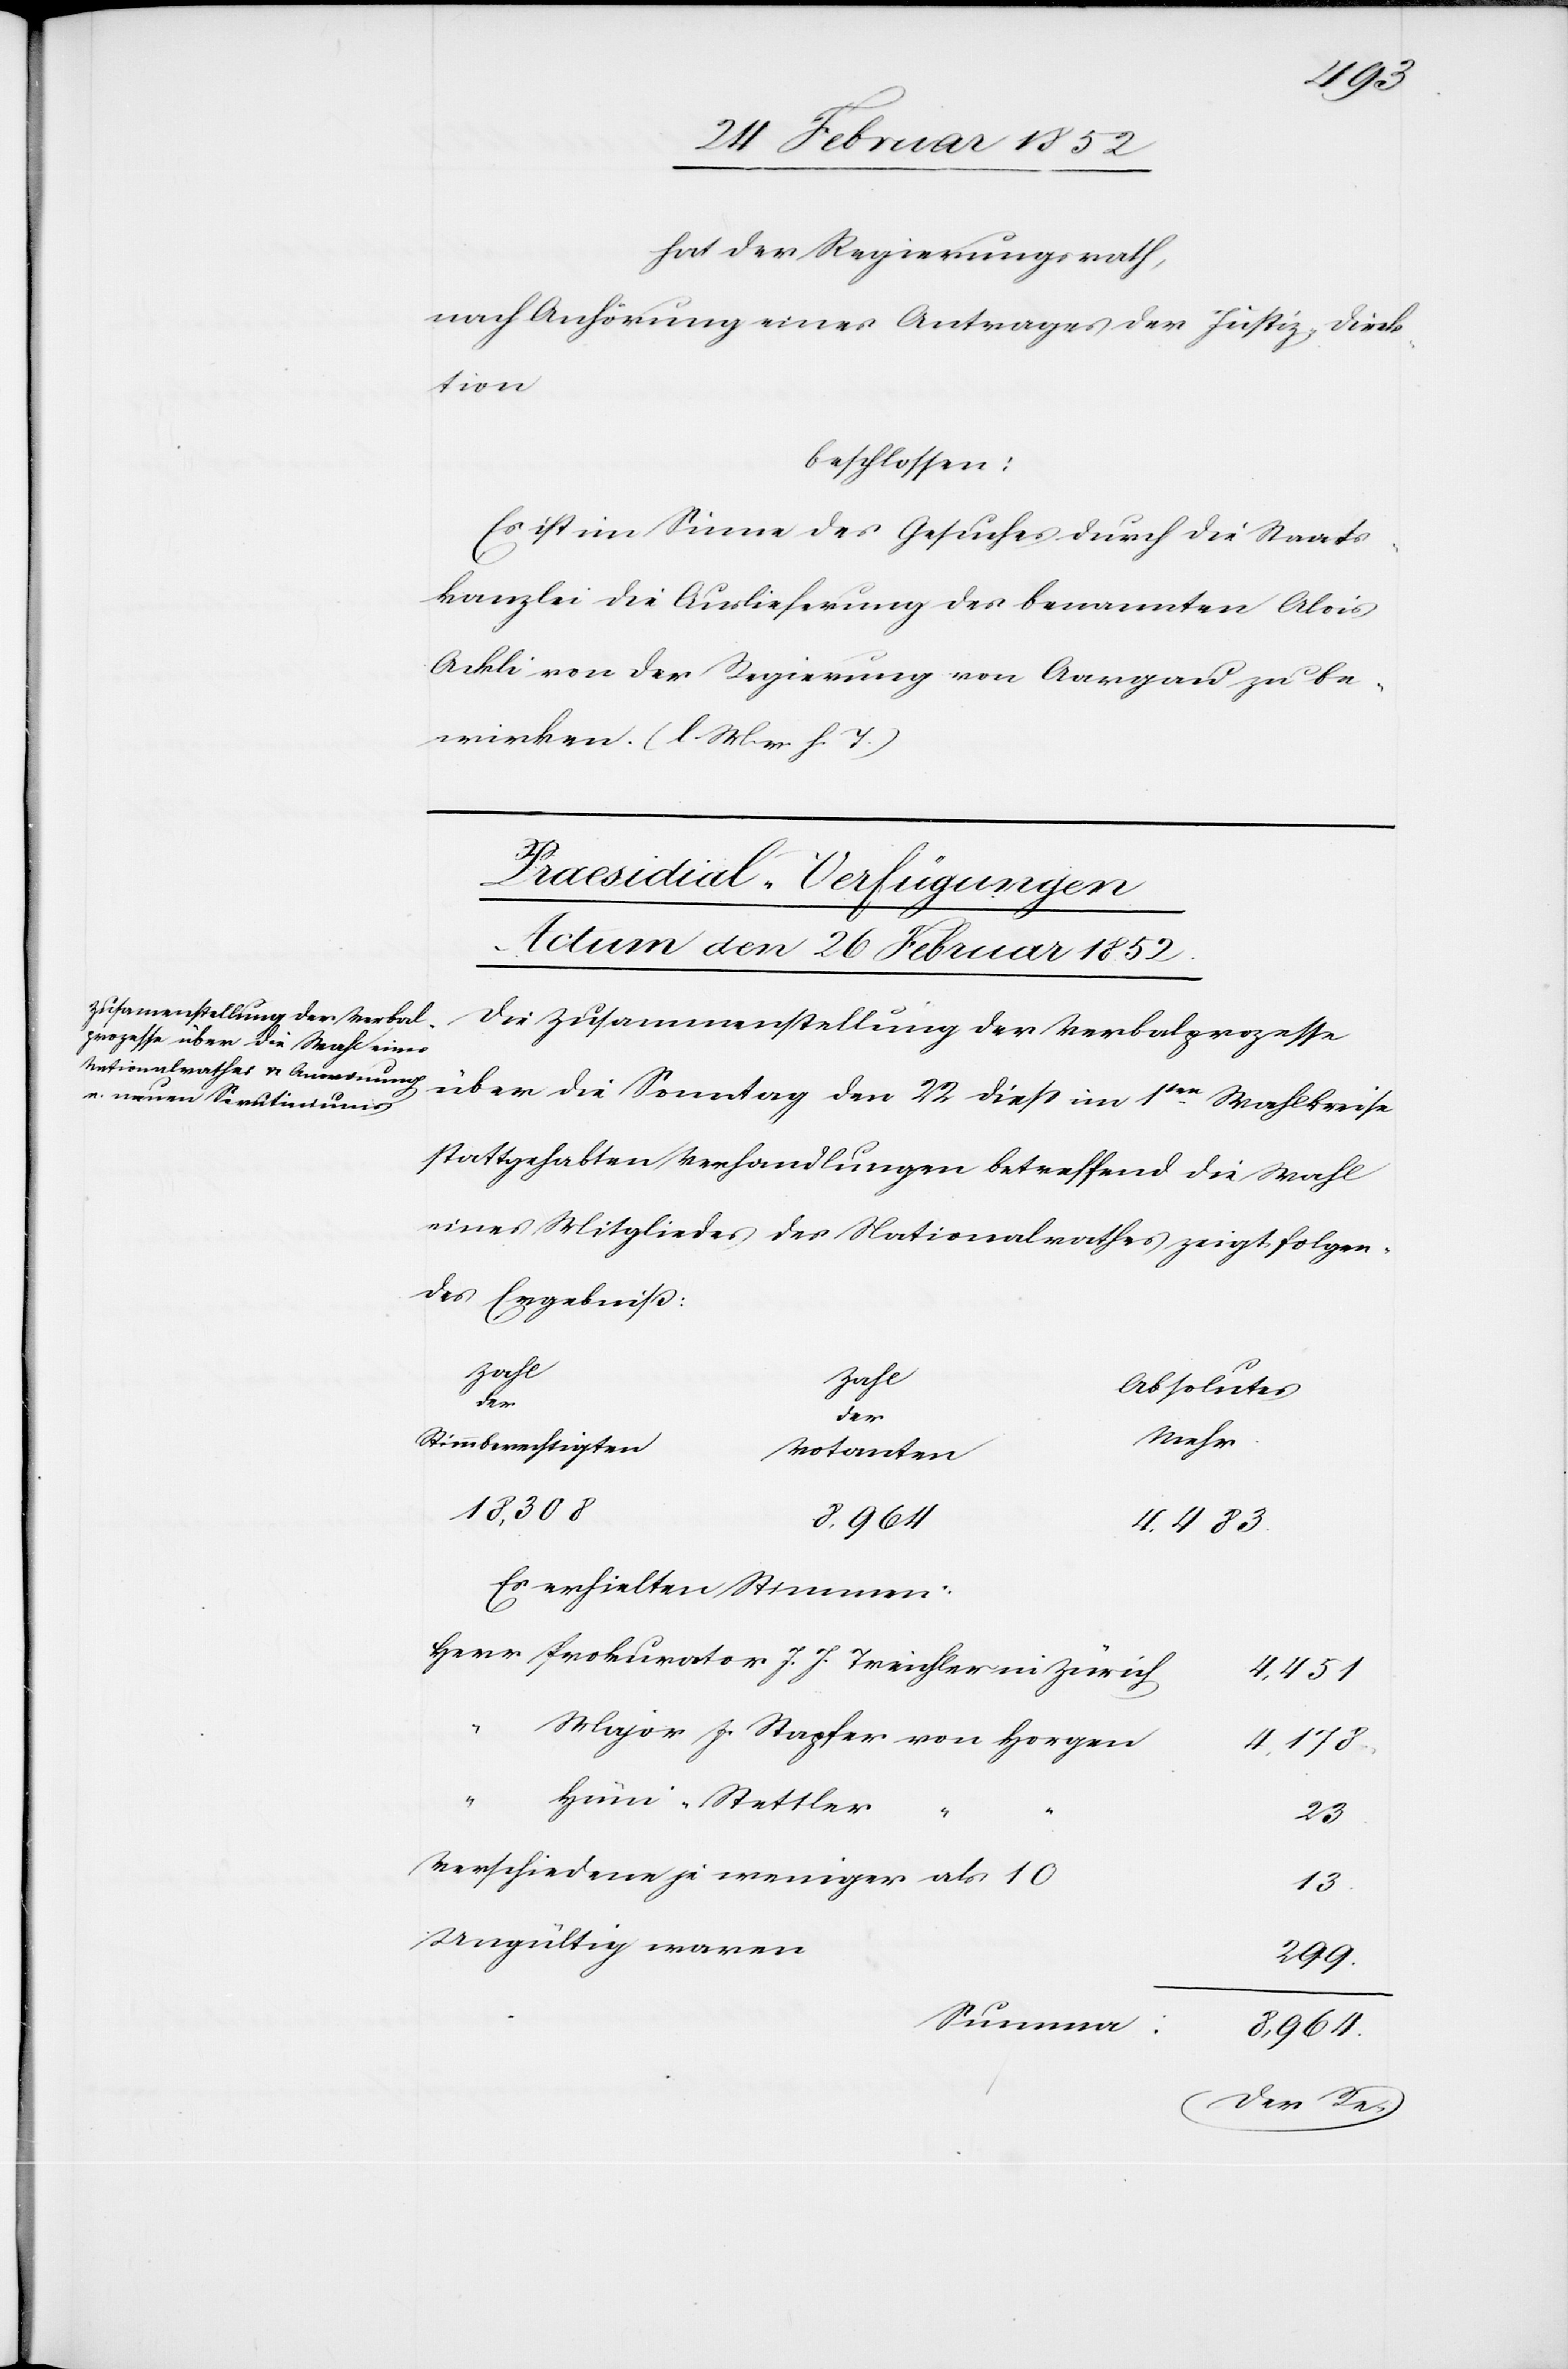
hat der Regierungsrath,
nach Anhörung eines Antrages der Justiz-Direk¬
tion
beschlossen:
Es ist im Sinne des Gesuches durch die Staats¬
kanzlei die Auslieferung des benannten Alois
Ackli von der Regierung von Aargau zu be¬
wirken. (l. M. v. h. T.)
Praesidial-Verfügungen
Actum den 26 Februar 1852.
Die Zusammenstellung der Verbalprozesse
über die Sonntag den 22 dieß im 1ten Wahlkreise
stattgehabten Verhandlungen betreffend die Wahl
eines Mitgliedes des Nationalrathes zeigt folgen¬
des Ergebniß:
Zahl
Zahl
Absolutes
der
Mehr
Stimmberechtigten
Votanten
18,308
8,964
4,483
Es erhielten Stimmen:
Herr Prokurator J. J. Treichler in Zürich
4,451
“
Major J. Stapfer von Horgen
4,178
“
Hüni-Stettler
23
Verschiedene je weniger als 10
13
Ungültig waren
299
Summa
8,964